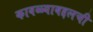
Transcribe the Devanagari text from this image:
कावळ्याबद्दलची